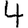
Digit: 4